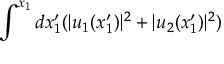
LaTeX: \int ^ { x _ { 1 } } d x _ { 1 } ^ { \prime } ( | u _ { 1 } ( x _ { 1 } ^ { \prime } ) | ^ { 2 } + | u _ { 2 } ( x _ { 1 } ^ { \prime } ) | ^ { 2 } )